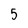
Character: 5